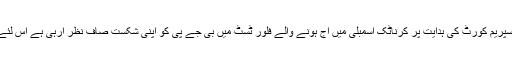
کانگریس کا کہنا ہے کہ سپریم کورٹ کی ہدایت پر کرناٹک اسمبلی میں آج ہونے والے فلور ٹسٹ میں بی جے پی کو اپنی شکست صاف نظر آرہی ہے اس لئے وہ بوکھلائی ہو ئی ہے ۔